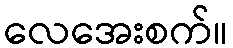
လေအေးစက်။